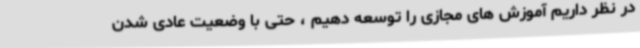
در نظر داریم آموزش های مجازی را توسعه دهیم ، حتی با وضعیت عادی شدن